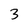
Character: 3